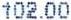
102.00